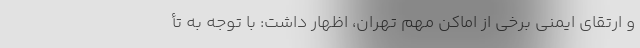
و ارتقای ایمنی برخی از اماکن مهم تهران، اظهار داشت: با توجه به تأ